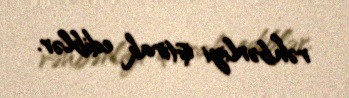
rəhbərliyi iştirak ediblər.